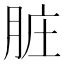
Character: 脏